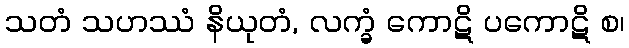
သတံ သဟဿံ နိယုတံ, လက္ခံ ကောဋိ ပကောဋိ စ၊